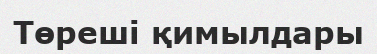
Төреші қимылдары